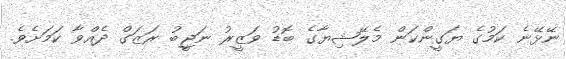
ނޭޅޭނެ ކަމުގެ ޔަގީންކަން މެލޭޝިޔާގެ ބޮޑު ވަޒީރު ނަޖީބު ރަޒަގް ދެއްވާ ކަމަށެވެ.